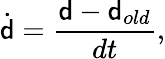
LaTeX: \dot{{\mathsf{d}}}=\frac{{\mathsf{d}}-{\mathsf{d}}_{old}}{dt},